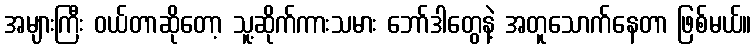
အများကြီး ဝယ်တာဆိုတော့ သူ့ဆိုက်ကားသမား ဘော်ဒါတွေနဲ့ အတူသောက်နေတာ ဖြစ်မယ်။